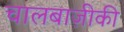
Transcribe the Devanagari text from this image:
चालबाज़ीकी